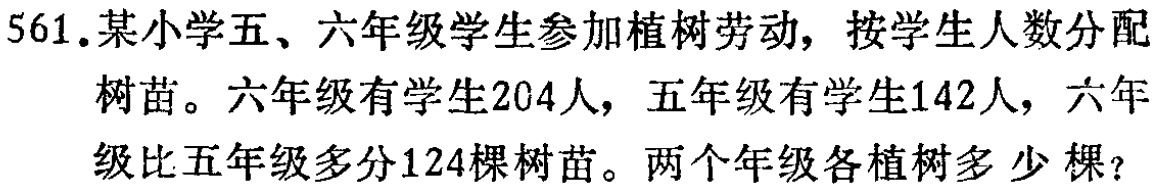
561.某小学五、六年级学生参加植树劳动，按学生人数分配
树苗。六年级有学生204人，五年级有学生142人，六年
级比五年级多分124棵树苗。两个年级各植树多少棵？